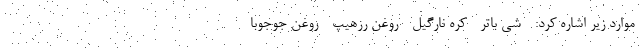
موارد زیر اشاره کرد: - شی باتر - کره نارگیل - روغن رزهیپ - روغن جوجوبا